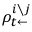
\rho _ { t \leftarrow } ^ { i \setminus j }